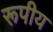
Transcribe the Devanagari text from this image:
रूपीय